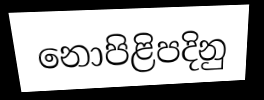
නොපිළිපදිනු